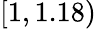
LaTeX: [1,1.18)